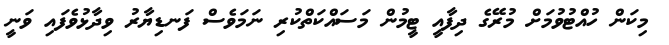
މިކަން ހުއްޓުވުމަށް މުރޭގެ ދިފާއީ ޓީމުން މަސައްކަތްކުރި ނަމަވެސް ފަނޑިޔާރު ވިދާޅުވެފައި ވަނީ